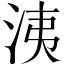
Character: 洟